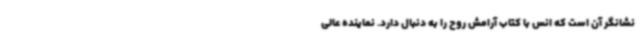
نشانگر آن است که انس با کتاب آرامش روح را به دنبال دارد. نماینده عالی